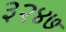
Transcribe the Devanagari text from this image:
३२४७